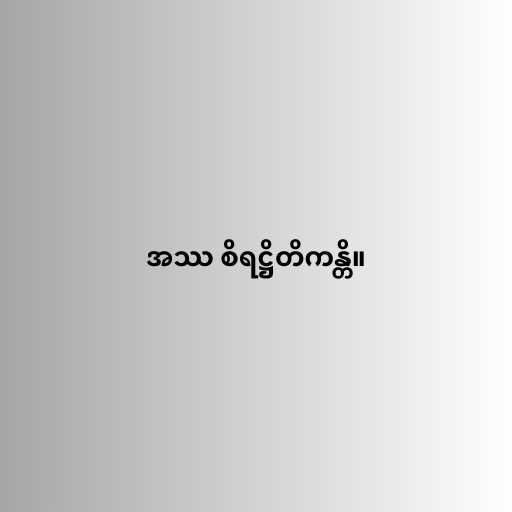
အဿ စိရဋ္ဌိတိကန္တိ။